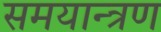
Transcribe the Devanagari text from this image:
समयान्त्रण